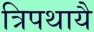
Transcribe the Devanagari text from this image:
त्रिपथायै